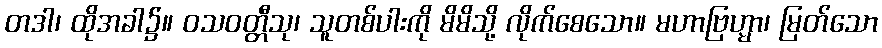
တဒါ၊ ထိုအခါ၌။ ဝသဝတ္တီသု၊ သူတစ်ပါးကို မိမိသို့ လိုက်စေသော။ မဟာဗြဟ္မာ၊ မြတ်သော